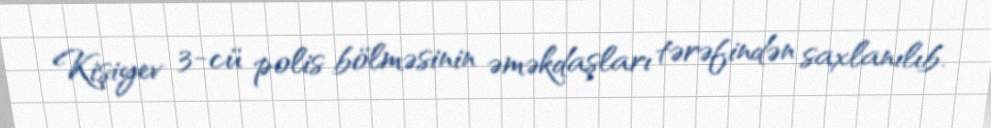
Kişiyev 3-cü polis bölməsinin əməkdaşları tərəfindən saxlanılıb.